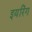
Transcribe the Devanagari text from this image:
इयरिंग